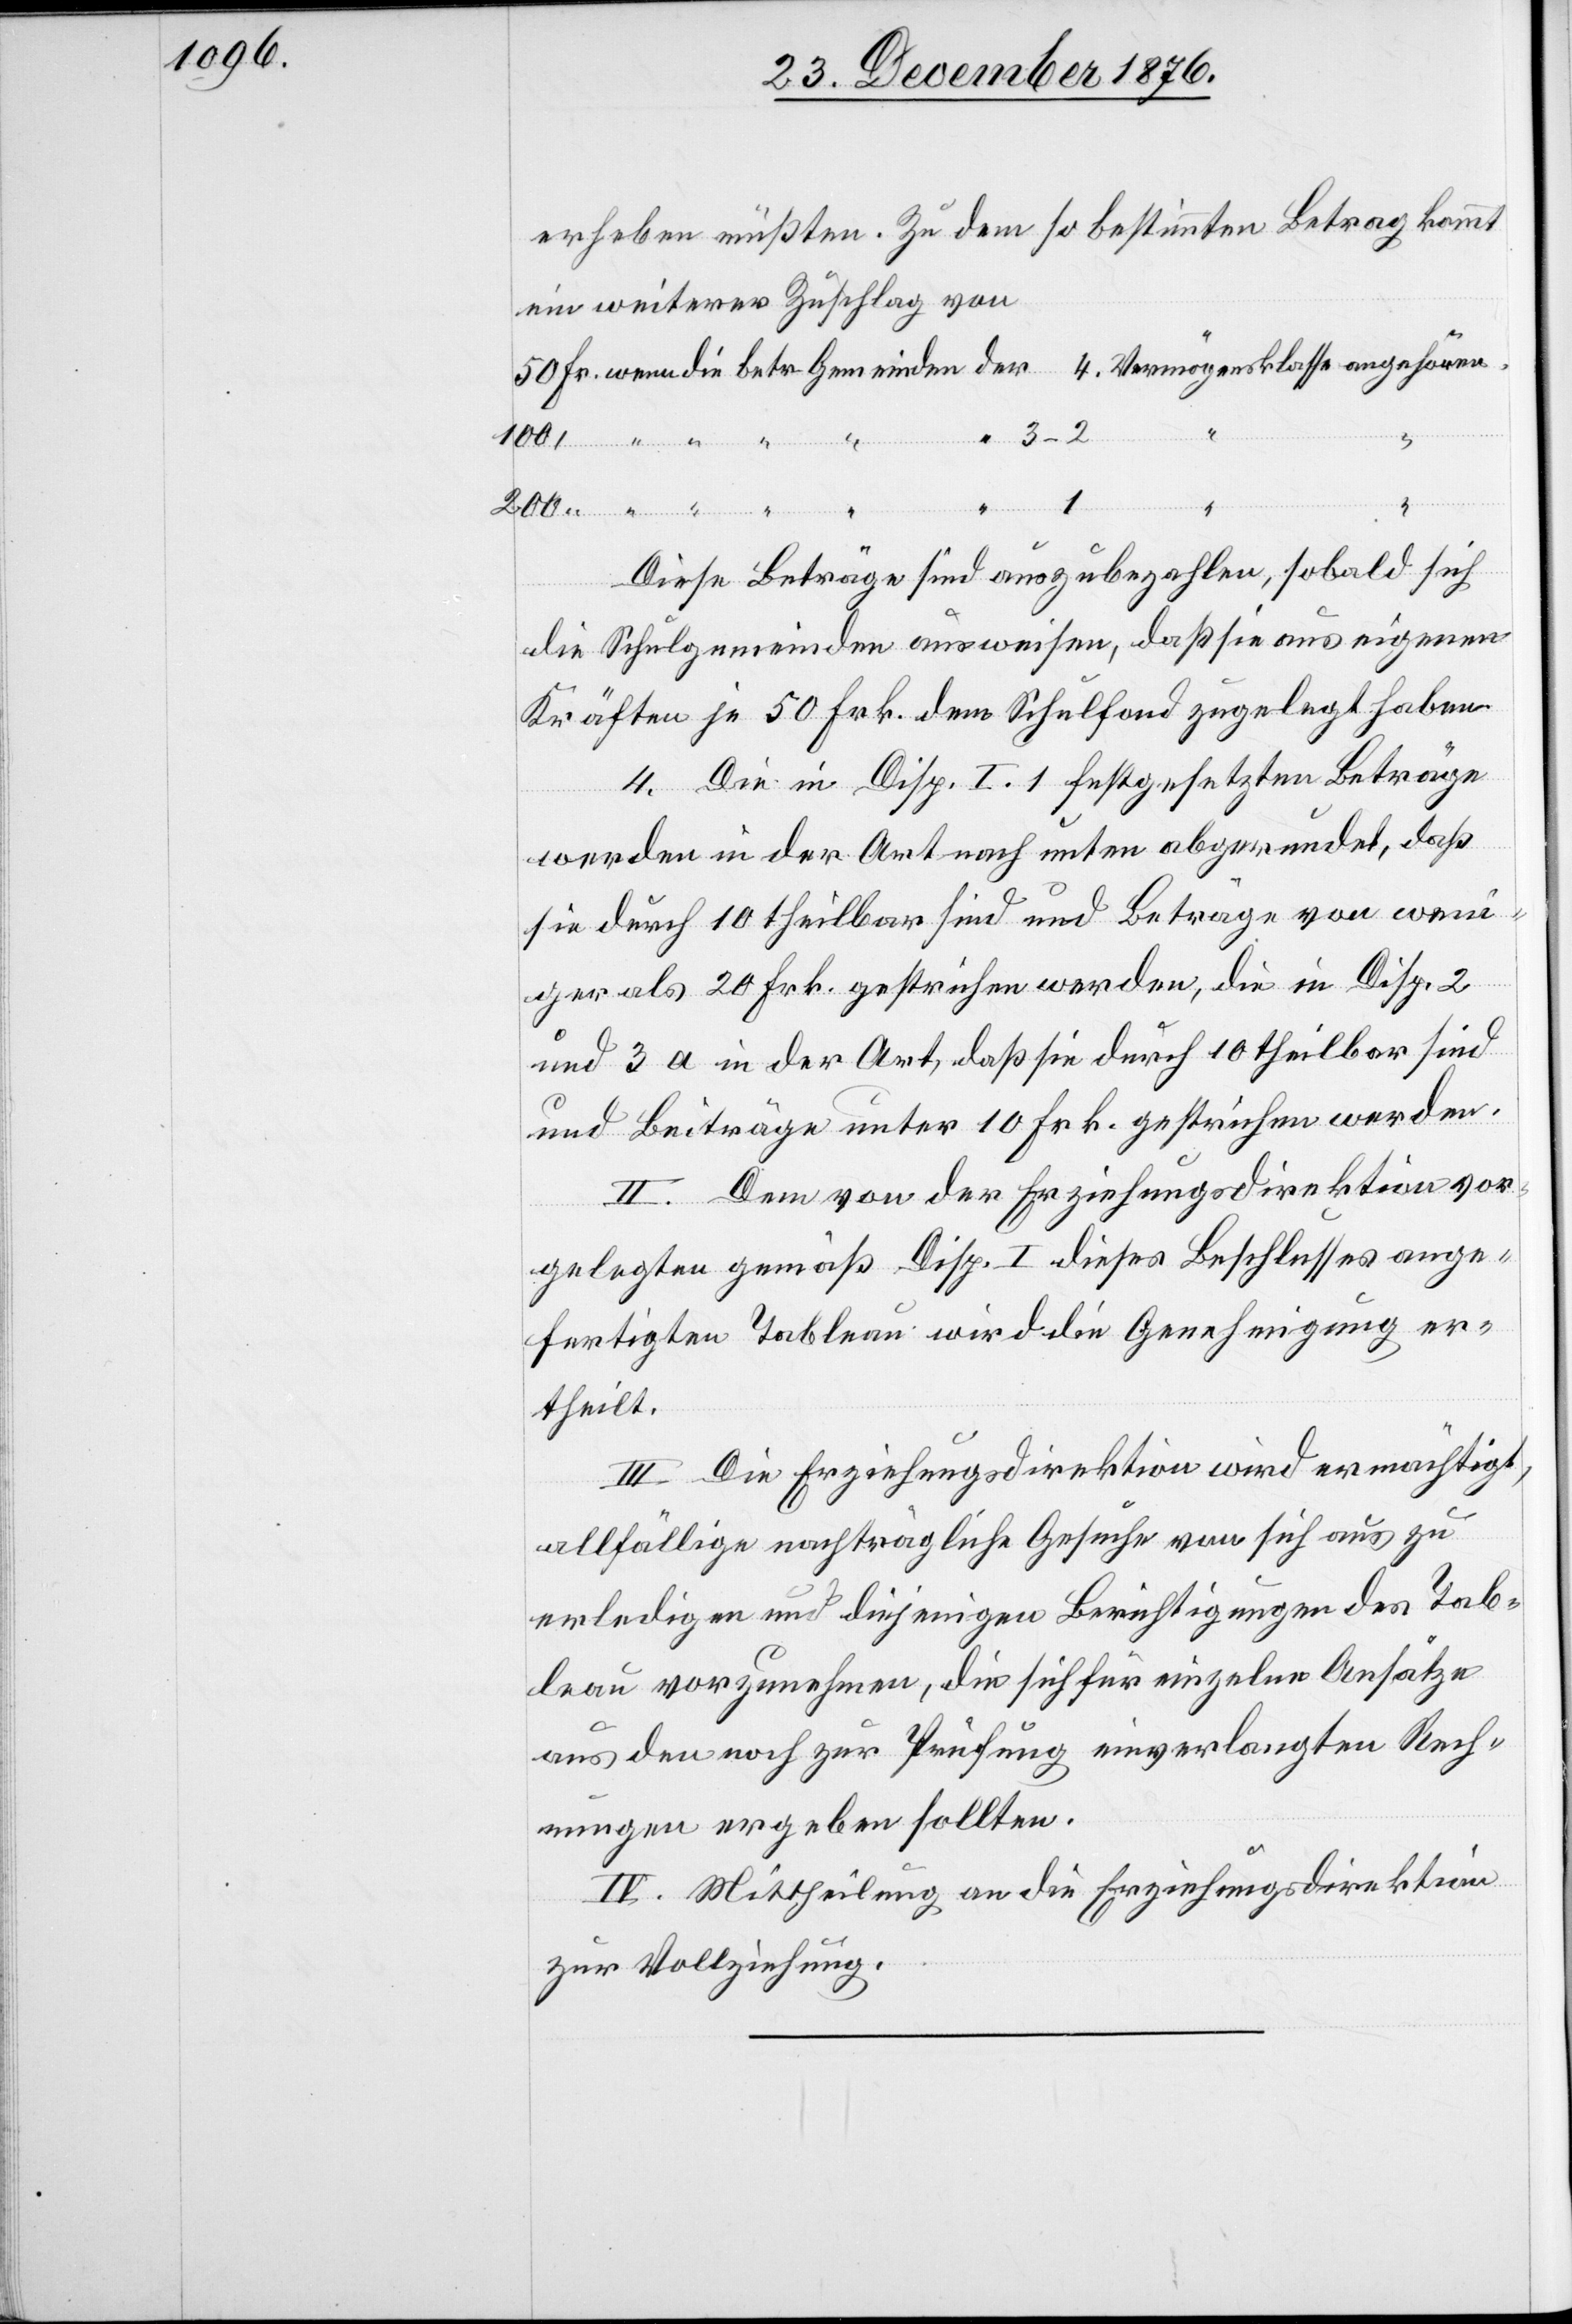
erheben müßten. Zu dem so bestimmten Betrag kommt
ein weiterer Zuschlag von
100
3–2
wenn
der
angehören
betr.
1
“
Vermögen¬
Diese Beträge sind auszubezahlen, sobald sich
die Schulgemeinden ausweisen, daß sie aus eigenen
Kräften je 50 Frk. dem Schulfond zugelegt haben.
4. Die in Disp. I. 1 festgesetzten Beträge
werden in der Art nach unten abgerundet, daß
sie durch 10 theilbar sind und Beträge von wen¬
iger als 20 Frk. gestrichen werden, die in Disp. 2
und 3 a in der Art, daß sie durch 10 theilbar sind
und Beiträge unter 10 Frk. gestrichen werden.
II. Dem von der Erziehungsdirektion vor¬
sklasse
gelegten gemäß Disp. I dieses Beschlusses ange¬
fertigten Tableau wird die Genehmigung er¬
theilt.
III. Die Erziehungsdirektion wird ermächtigt,
allfällige nachträgliche Gesuch von sich aus zu
erledigen und diejenigen Berichtigungen des Tab¬
leau vorzunehmen, die sich für einzelne Aufsätze
aus den noch zur Prüfung einverlangten Rech¬
nungen ergeben sollten.
IV. Mittheilung an die Erziehungsdirektion
zur Vollziehung.